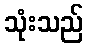
သုံးသည်